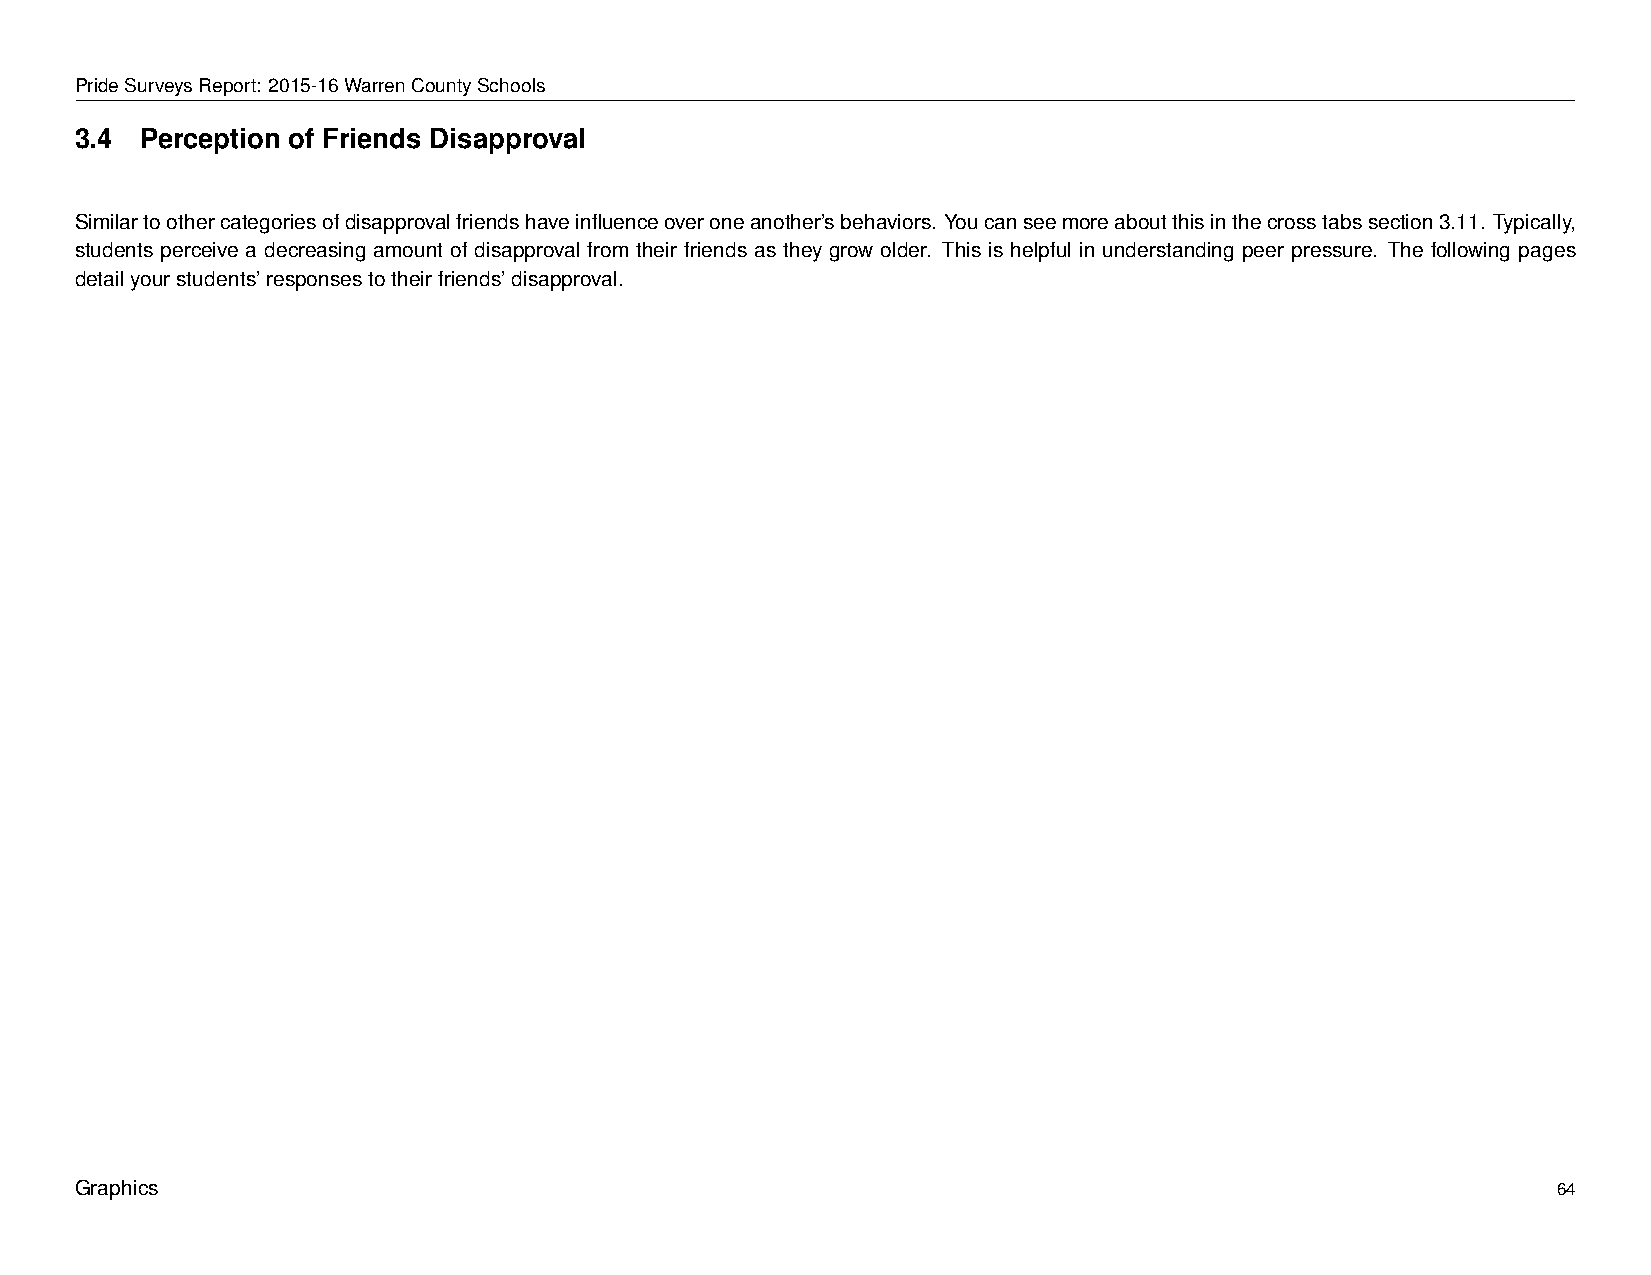
PrideSurveysReport: 2015-16WarrenCountySchools
 3.4 Perception of Friends Disapproval
 Similartoothercategoriesofdisapprovalfriendshaveinfluenceoveroneanother’sbehaviors. Youcanseemoreaboutthisinthecrosstabssection3.11. Typically,
 students perceive a decreasing amount of disapproval from their friends as they grow older. This is helpful in understanding peer pressure. The following pages
 detailyourstudents’responsestotheirfriends’disapproval.
 Graphics                                                                                          64